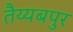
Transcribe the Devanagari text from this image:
तैय्यबपुर